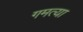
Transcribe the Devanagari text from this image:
गमत्या